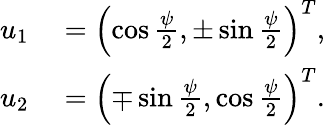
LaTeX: \begin{array}{rl}{u_{1}}&{{}=\left(\cos\frac{\psi}{2},\pm\sin\frac{\psi}{2}\right)^{T},}\\ {u_{2}}&{{}=\left(\mp\sin\frac{\psi}{2},\cos\frac{\psi}{2}\right)^{T}.}\end{array}